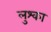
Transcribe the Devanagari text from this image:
लुश्का